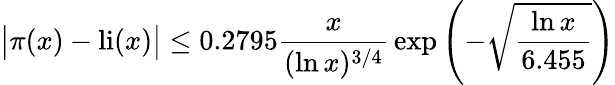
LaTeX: {\big|}\pi(x)-\operatorname{li}(x){\big|}\leq 0.2795{\frac{x}{(\ln x)^{3/4}}}\exp\left(-{\sqrt{\frac{\ln x}{6.455}}}\right)